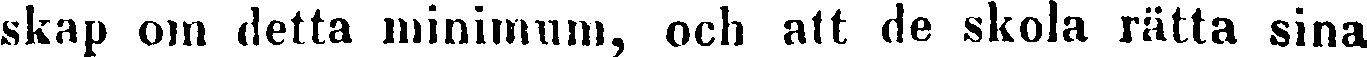
skap om detta minimum, och att de skola rätta sina